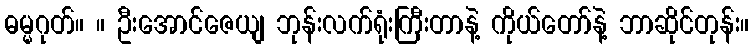
ဓမ္မဂုတ်။ ။ ဦးအောင်ဇေယျ ဘုန်းလက်ရုံးကြီးတာနဲ့ ကိုယ်တော်နဲ့ ဘာဆိုင်တုန်း။